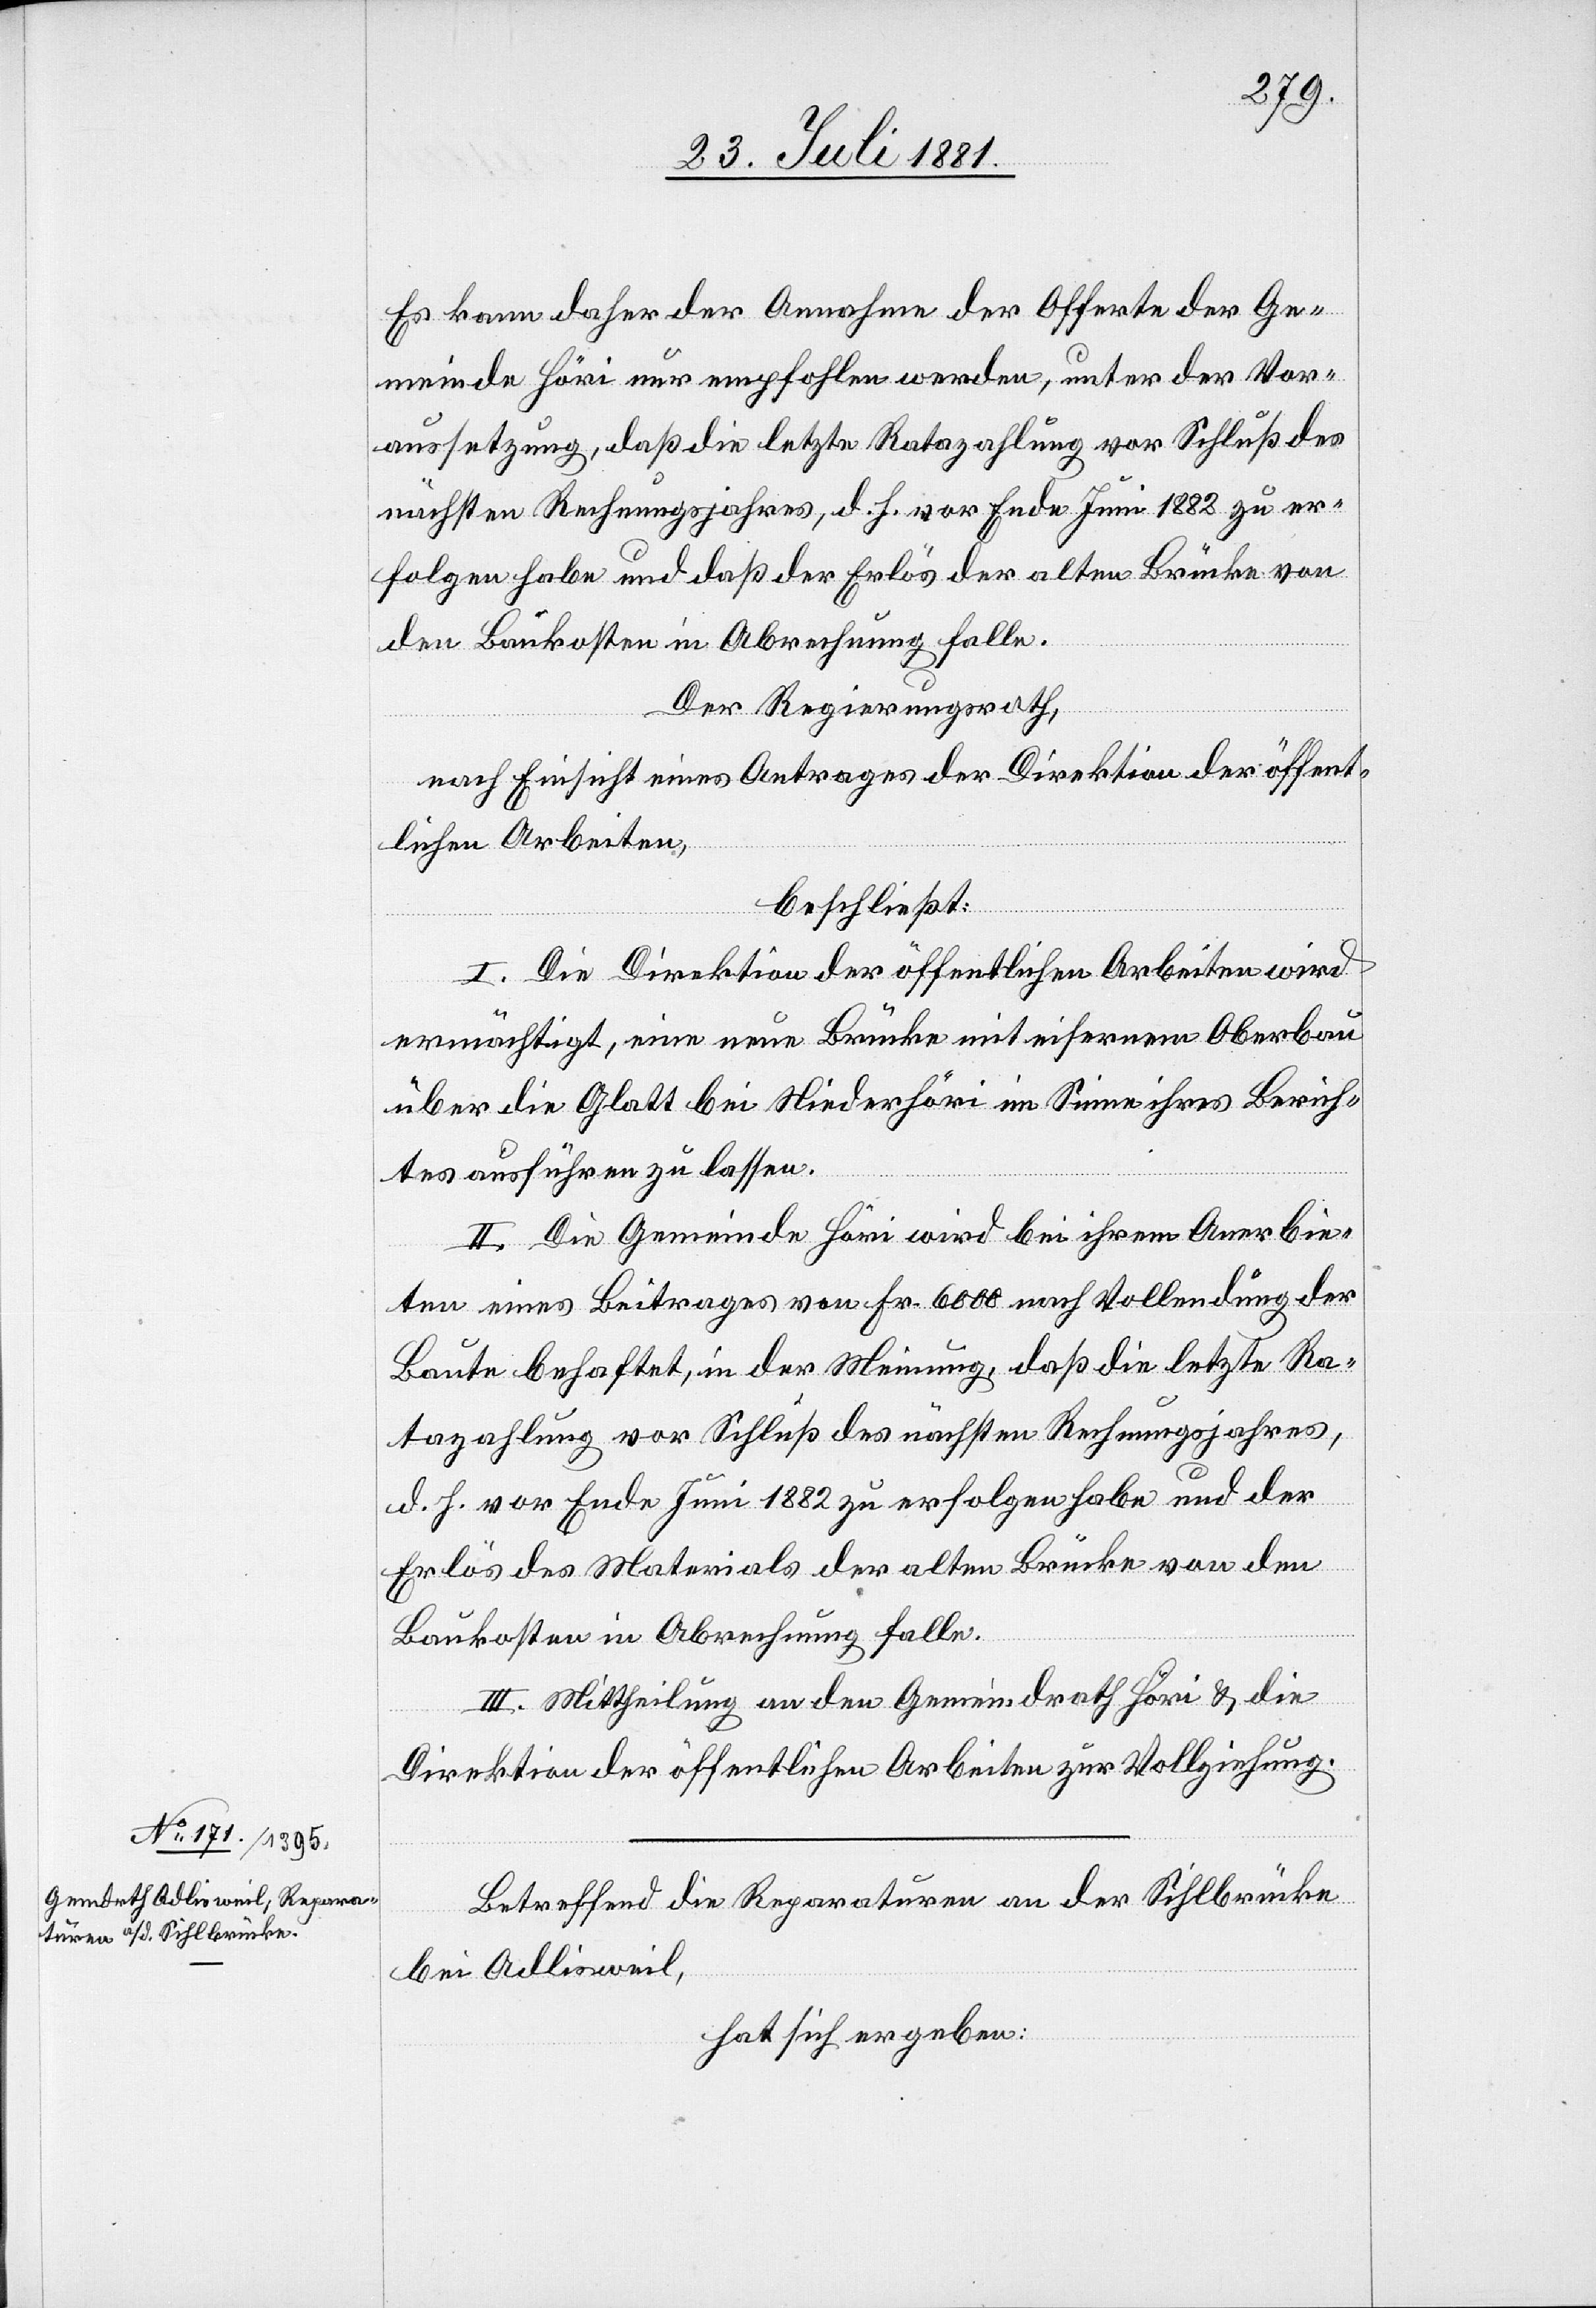
Es kann daher der [sic!] Annahme der Offerte der Ge¬
meinde Höri nur empfohlen werden, unter der Vor¬
aussetzung, daß die letzte Ratazahlung vor Schluß des
nächsten Rechnungsjahres, d. h. vor Ende Juni 1882 zu er¬
folgen habe und daß der Erlös der alten Brücke von
den Baukosten in Abrechnung falle.
Der Regierungsrath,
nach Einsicht eines Antrages der Direktion der öffent¬
lichen Arbeiten,
beschließt:
I. Die Direktion der öffentlichen Arbeiten wird
ermächtigt, eine neue Brücke mit eisernem Oberbau
über die Glatt bei Niederhöri im Sinne ihres Berich¬
tes ausführen zu lassen.
II. Die Gemeinde Höri wird bei ihrem Anerbie¬
ten eines Beitrages von Fr. 6000 nach Vollendung der
Baute behaftet, in der Meinung, daß die letzte Ra¬
tazahlung vor Schluß des nächsten Rechnungsjahres,
d. h. vor Ende Juni 1882 zu erfolgen habe und der
Erlös des Materials der alten Brücke von den
Baukosten in Abrechnung falle.
III. Mittheilung an den Gemeindrath Höri & die
Direktion der öffentlichen Arbeiten zur Vollziehung.
Betreffend die Reparaturen an der Sihlbrücke
bei Adlisweil,
hat sich ergeben: